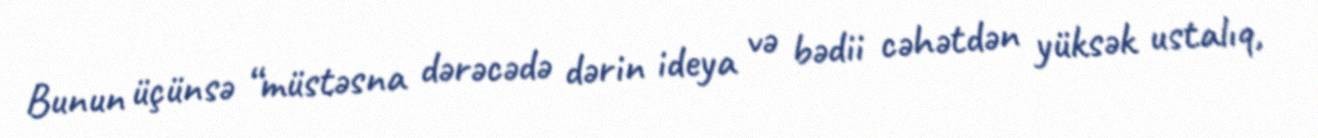
Bunun üçünsə “müstəsna dərəcədə dərin ideya və bədii cəhətdən yüksək ustalıq,